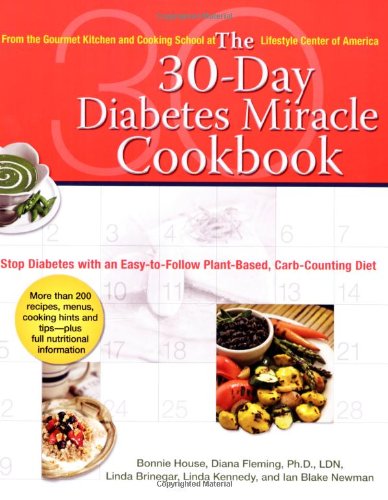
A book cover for The 30-Day Diabetes Miracle Cookbook: Stop Diabetes with an Easy-to-Follow Plant-Based, Carb-Counting Diet; Bonnie House; Cookbooks, Food & Wine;